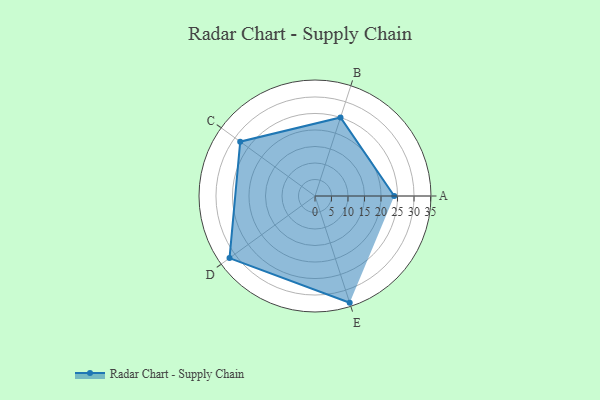
{"axis": {"x": "Skill", "y": "Score"}, "legend": ["Profile"], "data": [{"x": "A", "y": 24.0, "type": "Profile"}, {"x": "B", "y": 25.0, "type": "Profile"}, {"x": "C", "y": 28.0, "type": "Profile"}, {"x": "D", "y": 32.0, "type": "Profile"}, {"x": "E", "y": 34.0, "type": "Profile"}]}